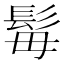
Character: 𩬍